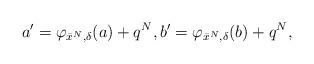
LaTeX: \begin{align*} a' = \varphi_{ \bar x^N , \delta }(a) + q^N, b' = \varphi_{ \bar x^N , \delta }(b) + q^N , \end{align*}